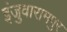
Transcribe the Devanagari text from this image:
इंजुवारामपुर